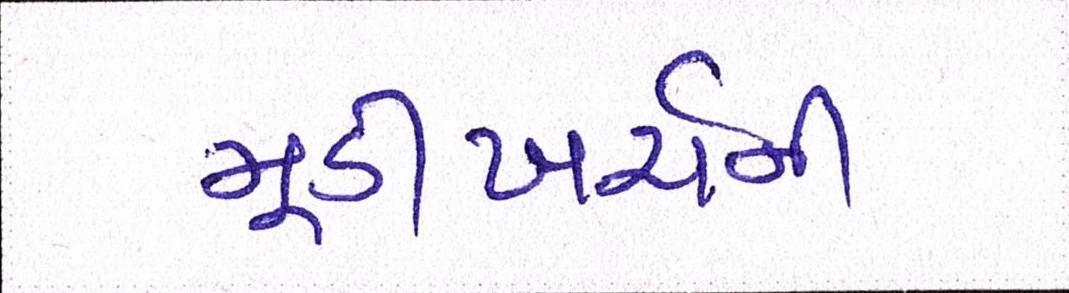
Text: મૂડીખર્ચની